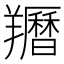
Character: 𦏩